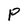
Character: P